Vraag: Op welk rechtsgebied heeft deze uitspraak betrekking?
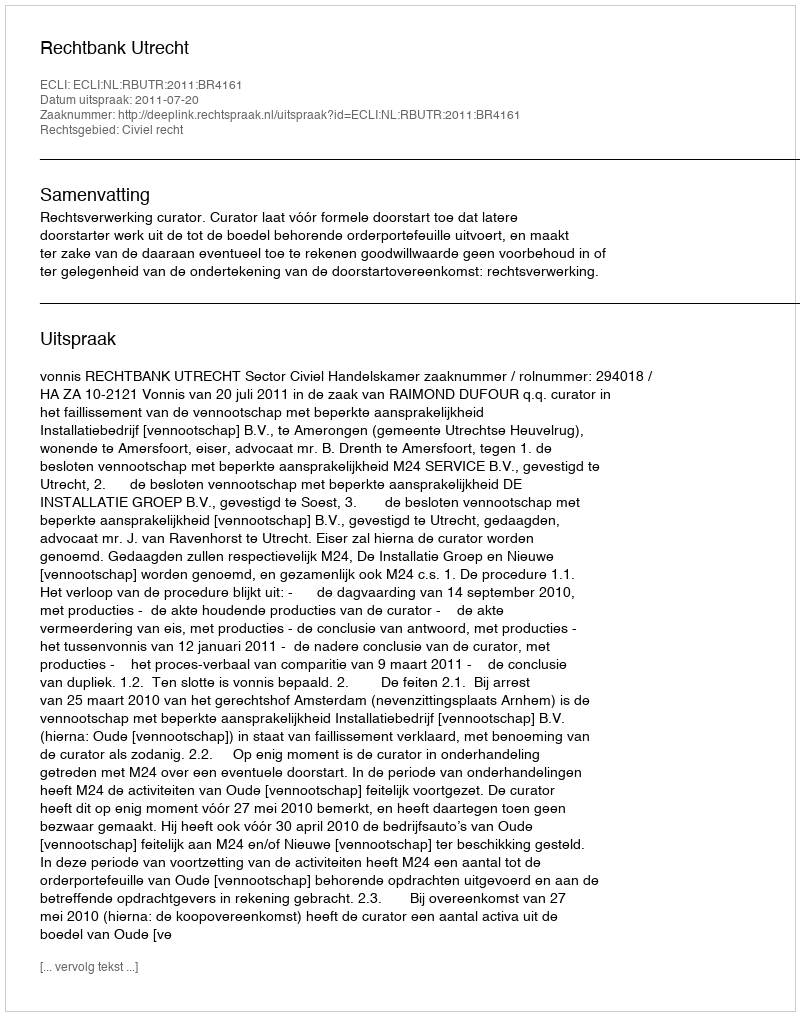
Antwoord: Civiel recht